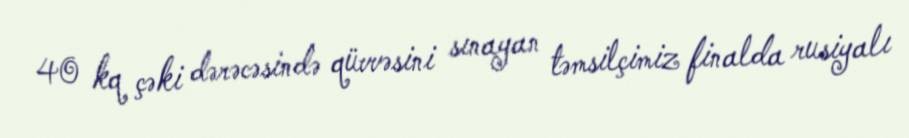
40 kq çəki dərəcəsində qüvvəsini sınayan təmsilçimiz finalda rusiyalı